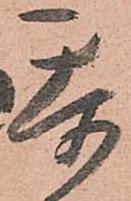
忝